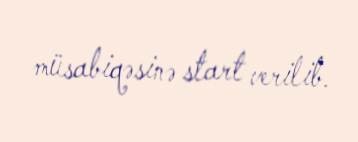
müsabiqəsinə start verilib.